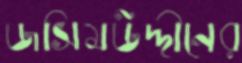
জসিমউদ্দীনের